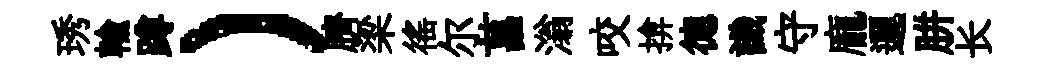
琇輸蹲）臍梁徭尔菖滃咬揜德識守龐邐胼长